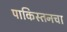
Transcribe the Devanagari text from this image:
पाकिस्तनचा